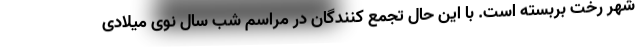
شهر رخت بربسته است. با این حال تجمع کنندگان در مراسم شب سال نوی میلادی